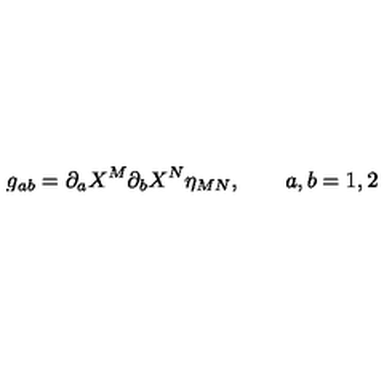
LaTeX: g _ { a b } = \partial _ { a } X ^ { M } \partial _ { b } X ^ { N } \eta _ { M N } , \qquad a , b = 1 , 2